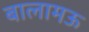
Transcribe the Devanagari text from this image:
बालामऊ